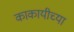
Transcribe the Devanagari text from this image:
काकायीच्या